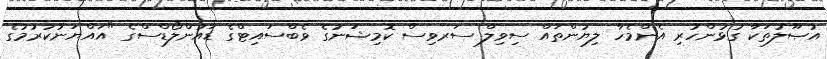
އުޞޫލުތަކާ ގުޅުންހުރި އެންމެހާ ލިޔުންތައް ސިވިލް ސަރވިސް ކޮމިޝަނުގެ ވެބްސައިޓްގެ ޑައުންލޯޑްސްގެ "އައްޔަނުކުރުމުގެ